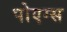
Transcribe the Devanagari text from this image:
पोएग्स